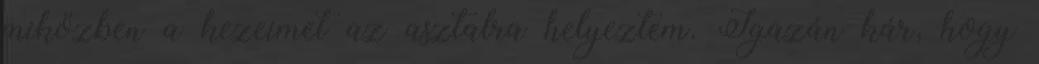
miközben a kezeimet az asztalra helyeztem. Igazán kár, hogy